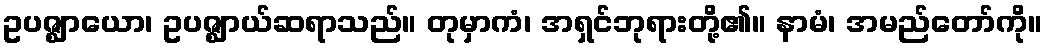
ဥပဇ္ဈာယော၊ ဥပဇ္ဈာယ်ဆရာသည်။ တုမှာကံ၊ အရှင်ဘုရားတို့၏။ နာမံ၊ အမည်တော်ကို။